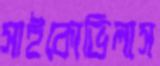
সাইকোভিলাস